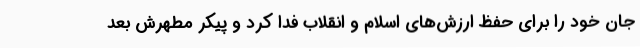
جان خود را برای حفظ ارزش‌های اسلام و انقلاب فدا کرد و پیکر مطهرش بعد